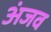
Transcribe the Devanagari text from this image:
अंजव